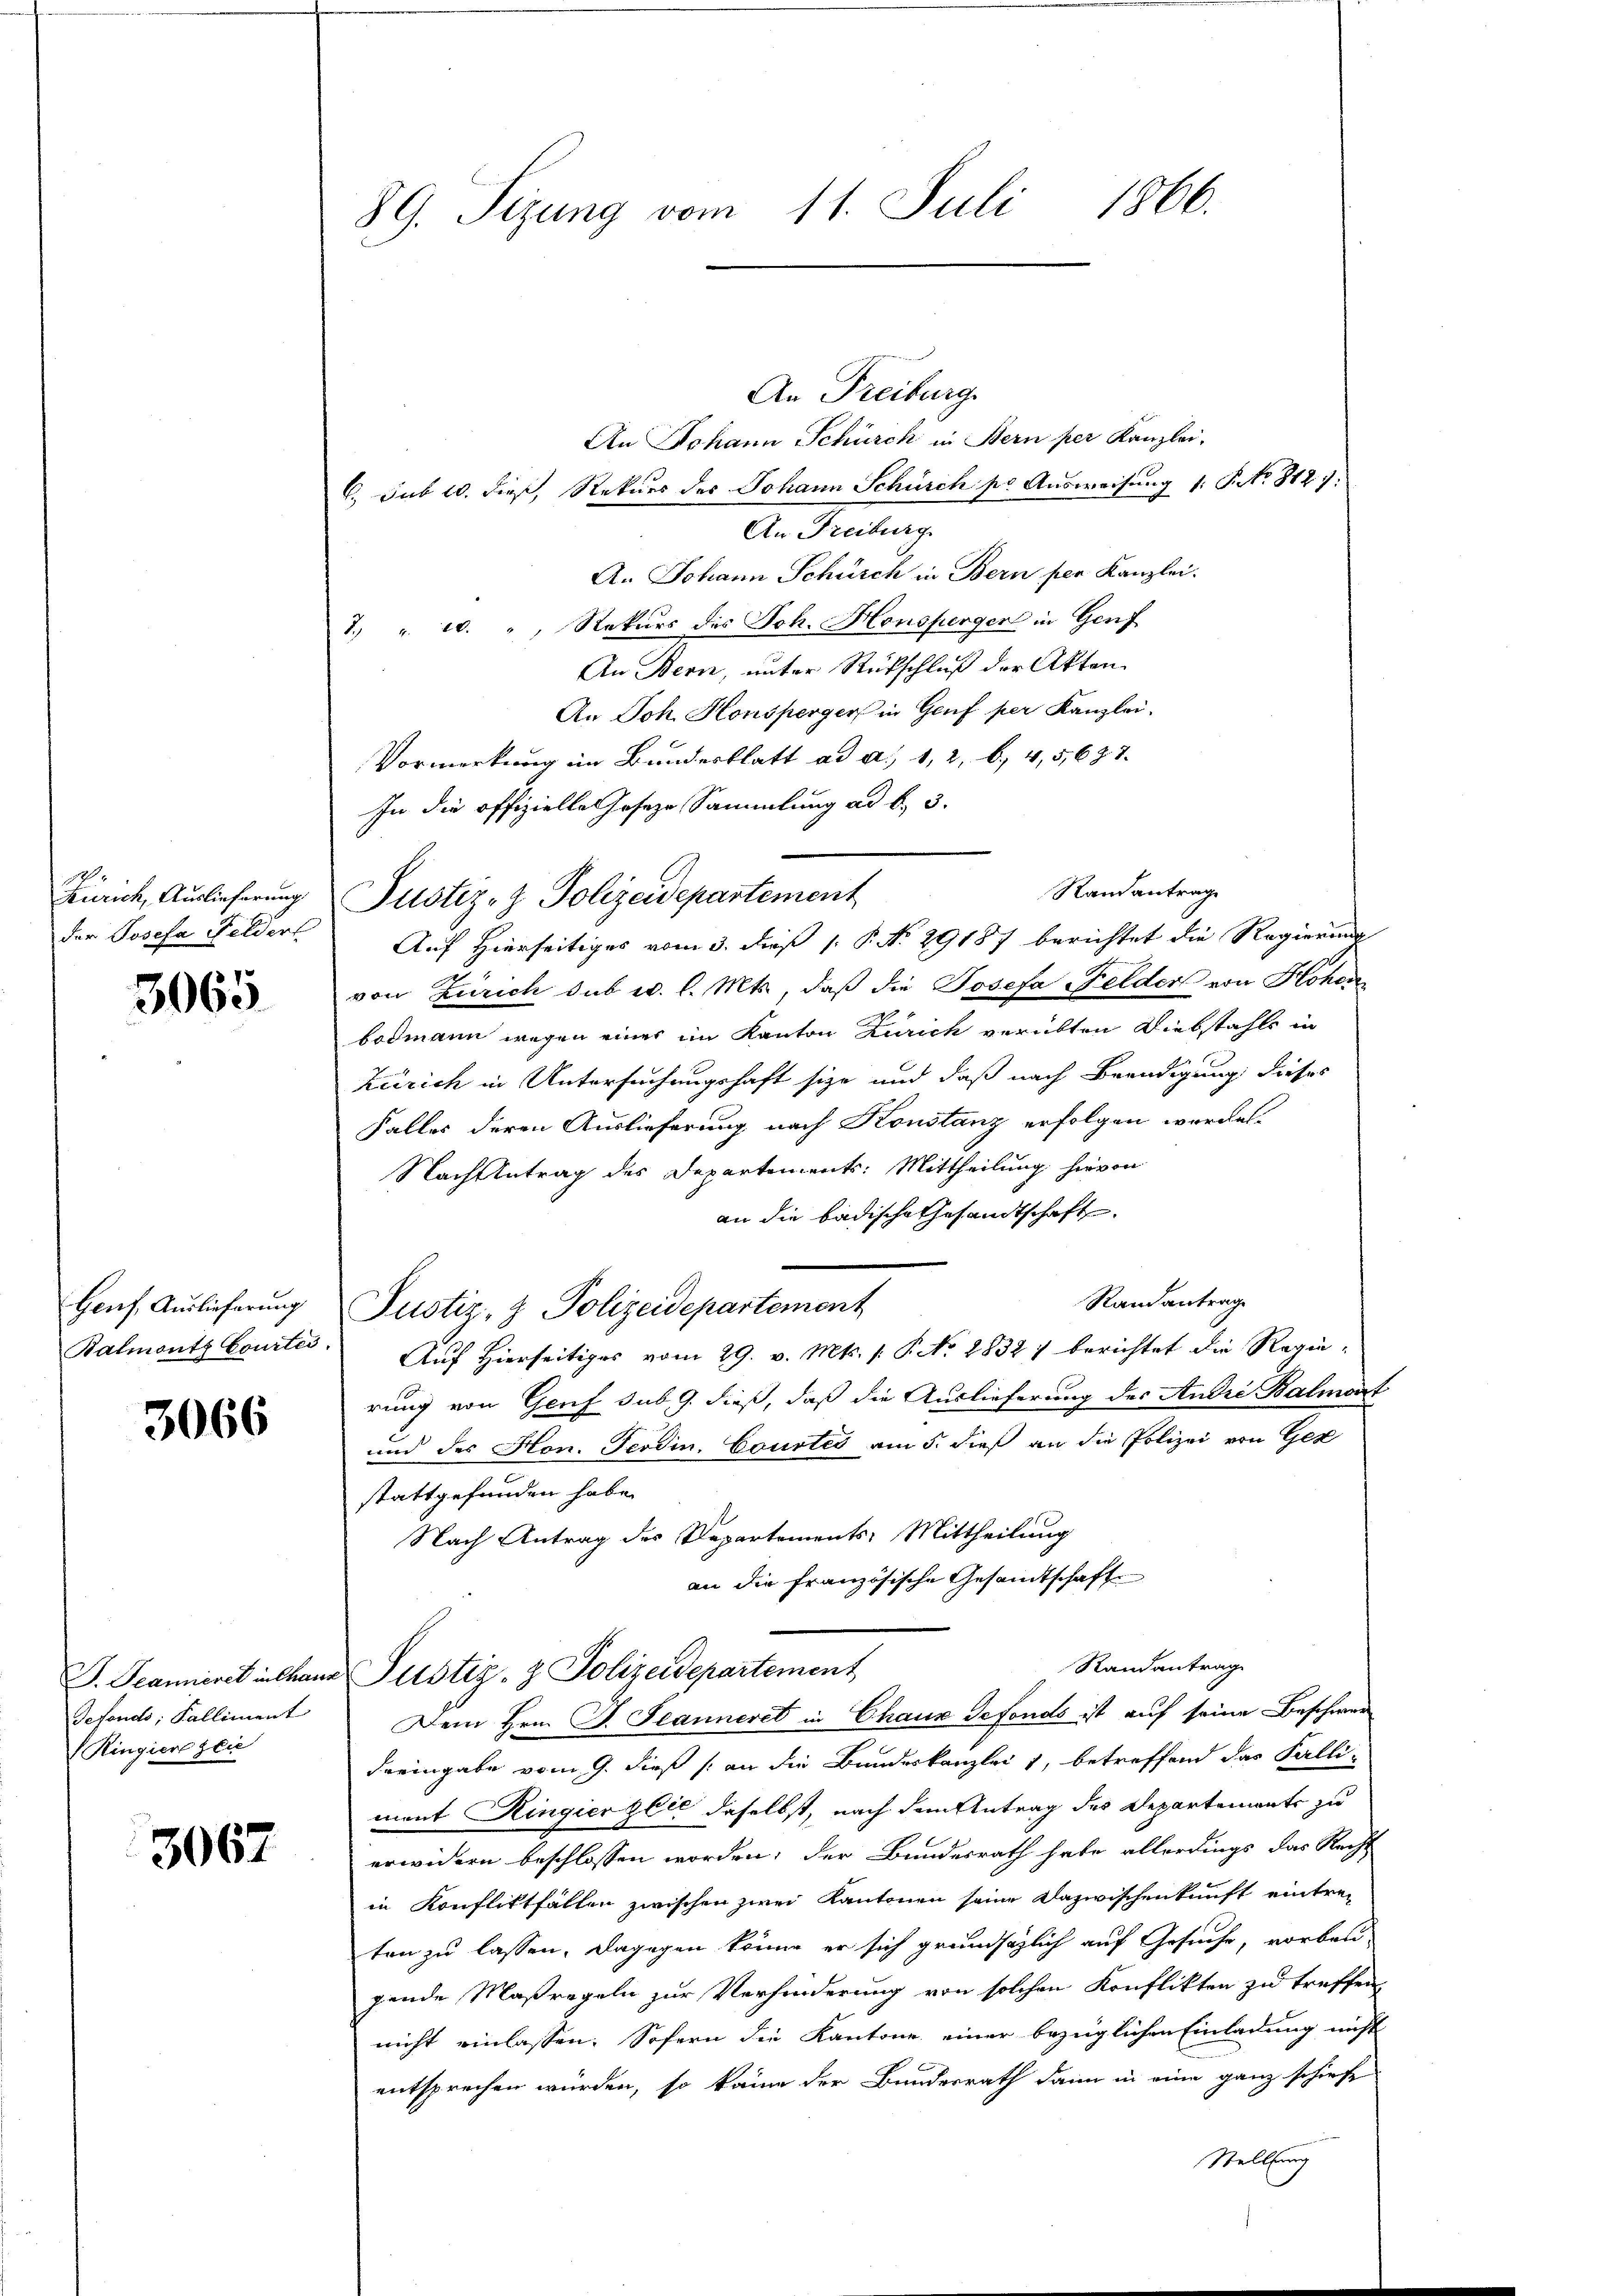
1
Zürich, Auslieferung.
der Josefa Feldert

3065

Genf, Auslieferung
Balmonts Courtei

3066

Gefonds; Falliment
Ringiert seie

3067

89. Sizung vom 11. Juli 1866.

An Freiburg.
An Johann Schürch in Bern per Kanzlei,
6. sub 10. dieß, Rekurs des Johann Schüsch pr Aŭsweisŭng 1. P. Nr. 812):
An Deutung
An Johann Schürch in Bern per Kanzlei.
7 " e. " Rekurs des Joh. Honsperger in Genf
An Bern, unter Rückschluß der Akten
An Joh. Honsperger in Genf per Kanzlei.
Vormerkung im Bundesblatt ad a. 1, 2, b. 4, 5,687.
In die offizielle Joseze Sammlung ad b., 3.
von Zürich sub u. l. Mts., daß die Josefa Felder von Hohen
bodmann wegen eines im Kanton Zürich verübten Diebstahls in
Zürich in Untersuchungshaft sie und daß nach Beendigung dieses
Falles deren Auslieferung nach Konstanz erfolgen worden.
Nachtetrag des Departements: Mittheilung hievon
an die badische Gesandtschaft.
Randantrage
Justiz- & Polizeidepartement
Auf Hierseitiges vom 29. v. Mts. /: P. No. 1832. berichtet die Regierung von Genf sub. 9. dieß, daß die Auslieferung des André Balmart
und der Hon. Ferdin, Courtes am 5. dieß an die Polizei von Ges
stattgefunden habe.
Nach Antrag des Departements-Mittheilung
an die französische Gesandtschaft
Randantrag
G. Jeanniret in Chann Pustiz- & Polizeidepartement
Dem Hrn. F. Jeanneret in Chaux defonds ist auf seine Beschwer
dreingabe vom 9. dieß (an die Bundeskanzlei 1, betreffend das Falli-
ment Ringierzlie daselbst, nach dem Antrag des Departements zu
erwidern beschlossen worden; der Bundesrath habe allerdings das Recht
in Konfliktfällen zwischen zwei Kantonen seine Dazwischenkunft eintreten zu lassen. Dagegen könne er sich grundsätzlich auf Gesuche, vorben-
gende Maßregeln zur Verhinderung von solchen Konflikten zu treffen
nicht einlassen. Sofern die Kantone einer bezüglichen Einladung nicht
entsprechen würden, so keine der Bundesrath dann in eine ganz schiefe
Stellung

Randantrage
Justiz- & Polizeidepartement
Auf Hierseitiges vom 3. dieß P. No 29187 berichtet die Regierung